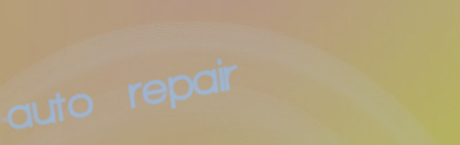
auto repair